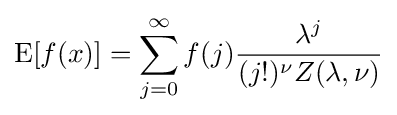
\operatorname {E} [f(x)]=\sum _{j=0}^{\infty }f(j){\frac {\lambda ^{j}}{(j!)^{\nu }Z(\lambda ,\nu )}}